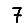
Digit: 7